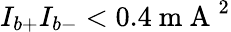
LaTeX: I_{b+}I_{b-}<0.4\mathrm{~m~A~}^{2}